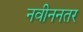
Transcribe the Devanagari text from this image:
नवीननतर